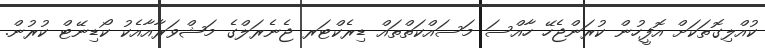
ކުއްލިގޮތަކަށް އޮފީހުން ކުރަންޖެހޭ ހާއްސަ މަސައްކަތްތައް ޑިރެކްޓަރ ޖެނެރަލްގެ މަޝްވަރާއާއެކު ކޯޑިނޭޓް ކުރުން.